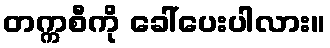
တက္ကစီကို ခေါ်ပေးပါလား။